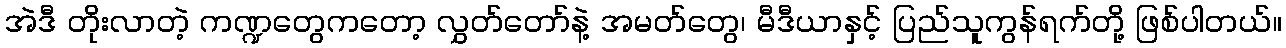
အဲဒီ တိုးလာတဲ့ ကဏ္ဍတွေကတော့ လွှတ်တော်နဲ့ အမတ်တွေ၊ မီဒီယာနှင့် ပြည်သူကွန်ရက်တို့ ဖြစ်ပါတယ်။